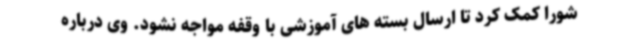
شورا کمک کرد تا ارسال بسته های آموزشی با وقفه مواجه نشود. وی درباره